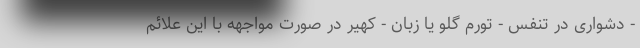
- دشواری در تنفس - تورم گلو یا زبان - کهیر در صورت مواجهه با این علائم